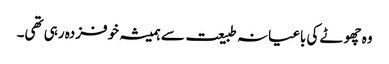
وہ چھوٹے کی باغیانہ طبیعت سے ہمیشہ خوفزدہ رہی تھی۔